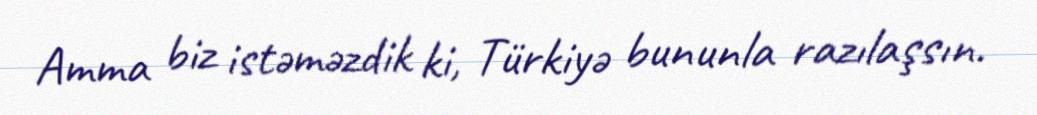
Amma biz istəməzdik ki, Türkiyə bununla razılaşsın.